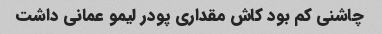
چاشنی کم بود کاش مقداری پودر لیمو عمانی داشت